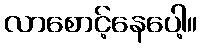
လာစောင့်နေပေါ့။